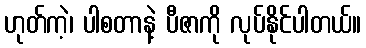
ဟုတ်ကဲ့၊ ပါစတာနဲ့ ပီဇာကို လုပ်နိုင်ပါတယ်။